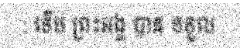
: ទើប ព្រះអង្គ បាន ទទួល